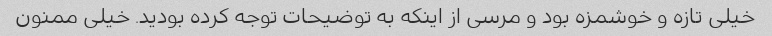
خیلی تازه و خوشمزه بود و مرسی از اینکه به توضیحات توجه کرده بودید. خیلی ممنون